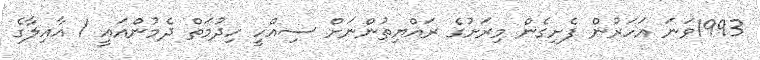
1993ވަނަ އަހަރުން ފެށިގެން މިރަށުގެ ރައްޔިތުންނަށް ސިއްހީ ހިދުމަތް ދެމުންއައީ 1 އާއިލާގެ